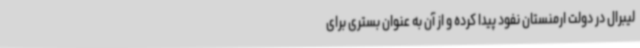
لیبرال در دولت ارمنستان نفود پیدا کرده و از آن به عنوان بستری برای